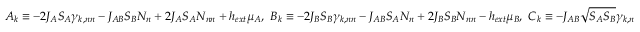
A _ { k } \equiv - 2 J _ { A } S _ { A } { \gamma } _ { k , n n } - J _ { A B } S _ { B } N _ { n } + 2 J _ { A } S _ { A } N _ { n n } + h _ { e x t } { \mu } _ { A } , \ B _ { k } \equiv - 2 J _ { B } S _ { B } { \gamma } _ { k , n n } - J _ { A B } S _ { A } N _ { n } + 2 J _ { B } S _ { B } N _ { n n } - h _ { e x t } { \mu } _ { B } , \ C _ { k } \equiv - J _ { A B } \sqrt { S _ { A } S _ { B } } { \gamma } _ { k , n }